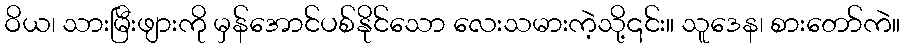
ဝိယ၊ သားမြီးဖျားကို မှန်အောင်ပစ်နိုင်သော လေးသမားကဲ့သို့၎င်း။ သူဒေန၊ စားတော်ကဲ။